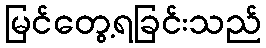
မြင်တွေ့ရခြင်းသည်